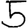
Digit: 5